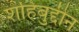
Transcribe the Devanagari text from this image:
शहिबुद्दीन